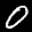
Label: 0